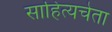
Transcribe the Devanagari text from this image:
साहित्यचेता